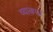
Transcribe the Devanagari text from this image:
व्यावपार